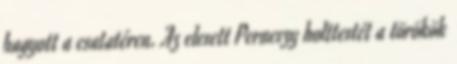
hagyott a csatatéren. Az elesett Perneszy holttestét a törökök